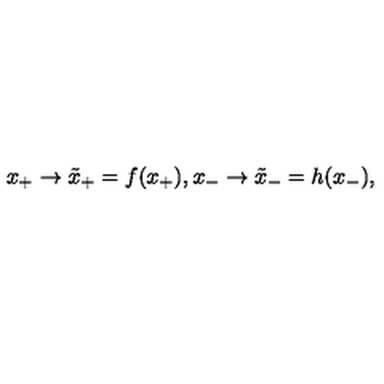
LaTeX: x _ { + } \rightarrow { \tilde { x } } _ { + } = f ( x _ { + } ) , { } x _ { - } \rightarrow { \tilde { x } } _ { - } = h ( x _ { - } ) ,